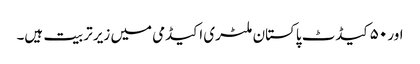
اور ۵۰ کیڈٹ پاکستان ملٹری اکیڈمی میں زیر تربیت ہیں۔